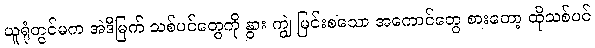
ယူရုံတွင်မက အဲဒီမြက် သစ်ပင်တွေကို နွား ကျွဲ မြင်းစသော အကောင်တွေ စားတော့ ထိုသစ်ပင်